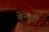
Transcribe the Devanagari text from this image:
वेन्चुरी